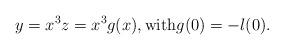
LaTeX: \begin{align*} y=x^3z=x^3g(x),\textrm{with}g(0)=-l(0).\end{align*}